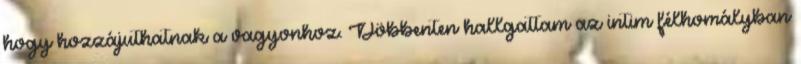
hogy hozzájuthatnak a vagyonhoz. Döbbenten hallgattam az intim félhomályban